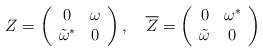
\begin{align*}Z=\left( \begin{array}{cc}0 & \omega\\ {\tilde\omega}^* & 0\end{array}\right) ,\quad {\overline Z} =\left( \begin{array}{cc}0 & {\omega}^*\\ {\tilde \omega} & 0\end{array}\right) \end{align*}